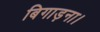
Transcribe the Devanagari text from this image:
बिगाड़ना।